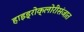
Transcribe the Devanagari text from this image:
हाइड्रोक्लोरीसंजात